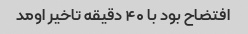
افتضاح بود با ۴۰ دقیقه تاخیر اومد